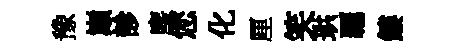
豫巔診麈您化厘笑珙覊鏤